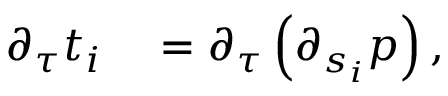
\begin{array} { r l } { \partial _ { \tau } t _ { i } } & { { } = \partial _ { \tau } \left( \partial _ { s _ { i } } p \right) , } \end{array}